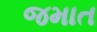
જમાત